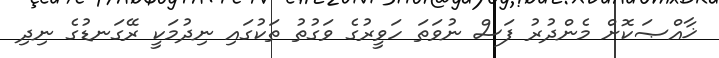
ޚާއްޞަކޮށް މެންދުރު ފަސް ނުވަތަ ހަވީރުގެ ވަގުތު ތަކުގައި ނިދުމަކީ ރޭގަނޑުގެ ނިދި